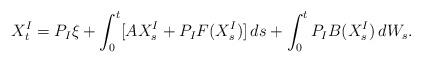
LaTeX: \begin{align*}X_t^{I} = P_{I} \xi + \int_0^t [ A X_s^{I} + P_{I}F( X_s^{I})] \, ds+\int_0^t P_{I} B ( X^{I}_s ) \, dW_s.\end{align*}